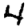
Digit: 4